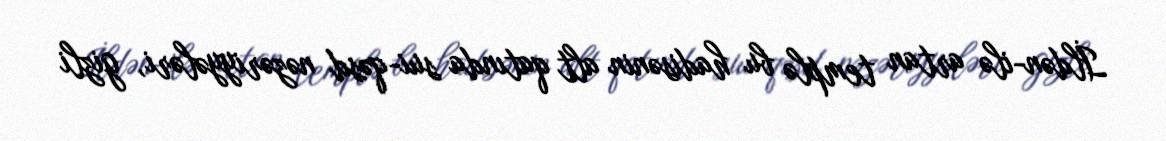
İldən-ilə artan templə bu hadisənin alt qatında sui-qəsd nəzəriyyələri, gizli